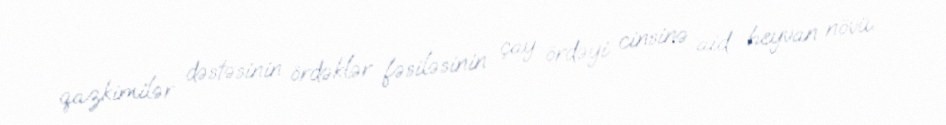
qazkimilər dəstəsinin ördəklər fəsiləsinin çay ördəyi cinsinə aid heyvan növü.